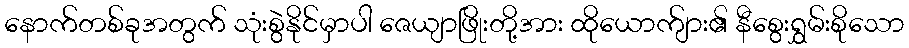
နောက်တစ်ခုအတွက် သုံးစွဲနိုင်မှာပါ ဇေယျာဖြိုးတို့အား ထိုယောက်ျား၏ နီစွေးရွှမ်းစိုသော